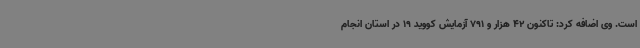
است. وی اضافه کرد: تاکنون 42 هزار و 791 آزمایش کووید 19 در استان انجام